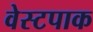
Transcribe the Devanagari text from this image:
वेस्टपाक